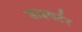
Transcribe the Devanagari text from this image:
डाइवर्टर